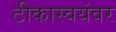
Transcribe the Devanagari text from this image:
टीकास्वयंवर